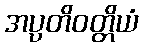
အပ္ပတိဝတ္တိယံ